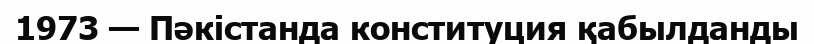
1973 — Пәкістанда конституция қабылданды